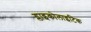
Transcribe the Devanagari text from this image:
ग्लाइकोलाइटिक